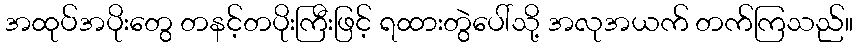
အထုပ်အပိုးတွေ တနင့်တပိုးကြီးဖြင့် ရထားတွဲပေါ်သို့ အလုအယက် တက်ကြသည်။